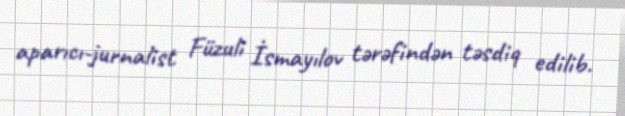
aparıcı-jurnalist Füzuli İsmayılov tərəfindən təsdiq edilib.